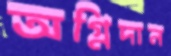
অগ্নিদান